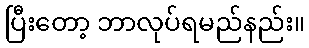
ပြီးတော့ ဘာလုပ်ရမည်နည်း။